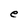
Character: e